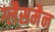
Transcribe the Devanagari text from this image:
ग्लैसमैन